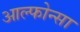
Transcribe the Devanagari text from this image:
आल्फोन्सा